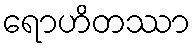
ရောဟိတဿာ